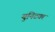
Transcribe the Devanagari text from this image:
युनिटवर